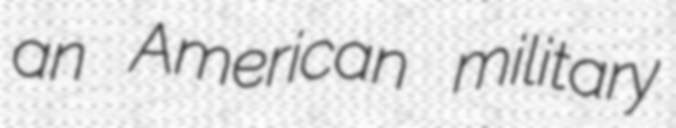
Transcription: an American military